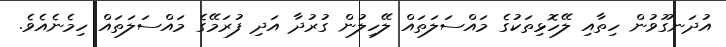
އުދަނގޫވުން ހިތާއި ލޭހޮޅިތަކުގެ މައްސަލަތައް ލޭހިލުން ގުރުދާ އަދި ފުރަމޭގެ މައްސަލަތައް ހިމެނެއެވެ.